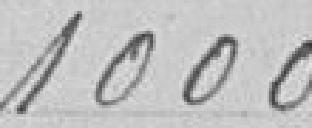
1000